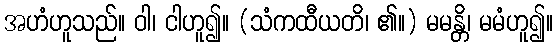
အဟံဟူသည်။ ဝါ၊ ငါဟူ၍။ (သံကထီယတိ၊ ၏။) မမန္တိ၊ မမံဟူ၍။